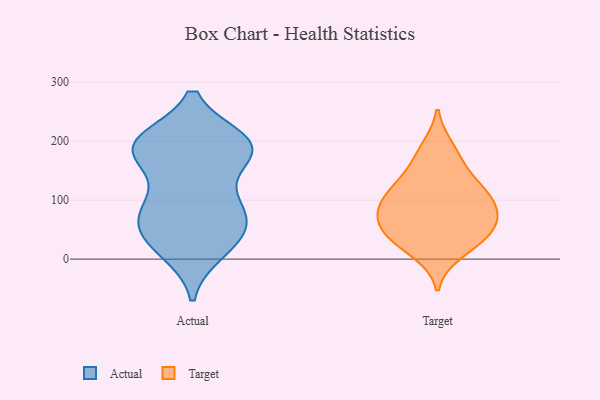
{"axis": {"x": "Waste Production (Tons)", "y": "Value"}, "legend": ["Actual", "Target"], "data": [{"x": "", "y": 15, "type": "Actual"}, {"x": "", "y": 199, "type": "Actual"}, {"x": "", "y": 185, "type": "Actual"}, {"x": "", "y": 188, "type": "Actual"}, {"x": "", "y": 181, "type": "Actual"}, {"x": "", "y": 65, "type": "Actual"}, {"x": "", "y": 36, "type": "Actual"}, {"x": "", "y": 94, "type": "Actual"}, {"x": "", "y": 82, "type": "Actual"}, {"x": "", "y": 26, "type": "Actual"}, {"x": "", "y": 191, "type": "Actual"}, {"x": "", "y": 84, "type": "Actual"}, {"x": "", "y": 88, "type": "Actual"}, {"x": "", "y": 193, "type": "Actual"}, {"x": "", "y": 199, "type": "Actual"}, {"x": "", "y": 37, "type": "Actual"}, {"x": "", "y": 178, "type": "Actual"}, {"x": "", "y": 30, "type": "Target"}, {"x": "", "y": 55, "type": "Target"}, {"x": "", "y": 91, "type": "Target"}, {"x": "", "y": 48, "type": "Target"}, {"x": "", "y": 169, "type": "Target"}, {"x": "", "y": 129, "type": "Target"}, {"x": "", "y": 38, "type": "Target"}, {"x": "", "y": 117, "type": "Target"}, {"x": "", "y": 91, "type": "Target"}, {"x": "", "y": 120, "type": "Target"}, {"x": "", "y": 79, "type": "Target"}, {"x": "", "y": 188, "type": "Target"}, {"x": "", "y": 12, "type": "Target"}, {"x": "", "y": 72, "type": "Target"}]}